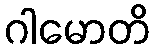
ဂါမောတိ